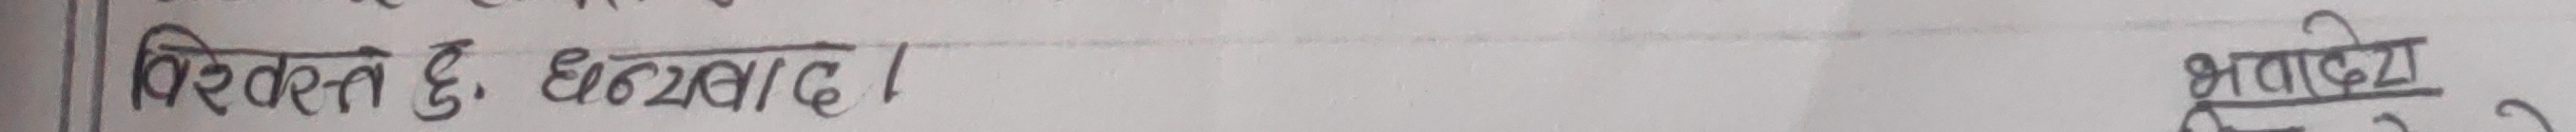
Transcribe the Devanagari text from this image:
विदित हु, धन्यावाद । भवदिय